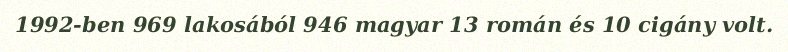
1992-ben 969 lakosából 946 magyar 13 román és 10 cigány volt.